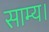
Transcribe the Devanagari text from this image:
साम्य।